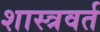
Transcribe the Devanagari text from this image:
शास्त्रवर्त